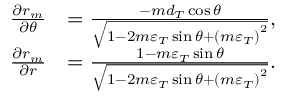
\begin{array} { r l } { \frac { { \partial { r _ { m } } } } { { \partial \theta } } } & { = \frac { { - m { d _ { T } } \cos \theta } } { { \sqrt { 1 - 2 m { \varepsilon _ { T } } \sin \theta + { { ( m { \varepsilon _ { T } } ) } ^ { 2 } } } } } , } \\ { \frac { { \partial { r _ { m } } } } { { \partial r } } } & { = \frac { { 1 - m { \varepsilon _ { T } } \sin \theta } } { { \sqrt { 1 - 2 m { \varepsilon _ { T } } \sin \theta + { { ( m { \varepsilon _ { T } } ) } ^ { 2 } } } } } . } \end{array}